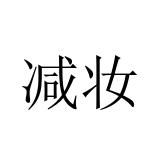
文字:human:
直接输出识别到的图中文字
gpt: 减妆